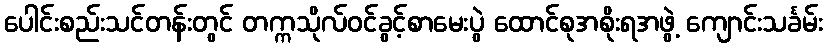
ပေါင်းစည်းသင်တန်းတွင် တက္ကသိုလ်ဝင်ခွင့်စာမေးပွဲ ထောင်စုအစိုးရအဖွဲ့ ကျောင်းသင်္ခမ်း